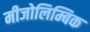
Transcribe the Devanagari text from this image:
मीजोलिम्बिक